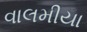
વાલમીયા